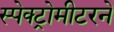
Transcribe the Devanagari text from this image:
स्पेक्ट्रोमीटरने